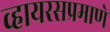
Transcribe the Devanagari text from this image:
व्हायरसप्रमाणे